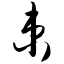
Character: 束